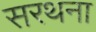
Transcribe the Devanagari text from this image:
सरथना